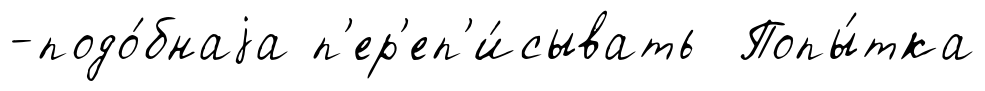
-подо́бнаjа п'ер'еп'и́сывать Попы́тка